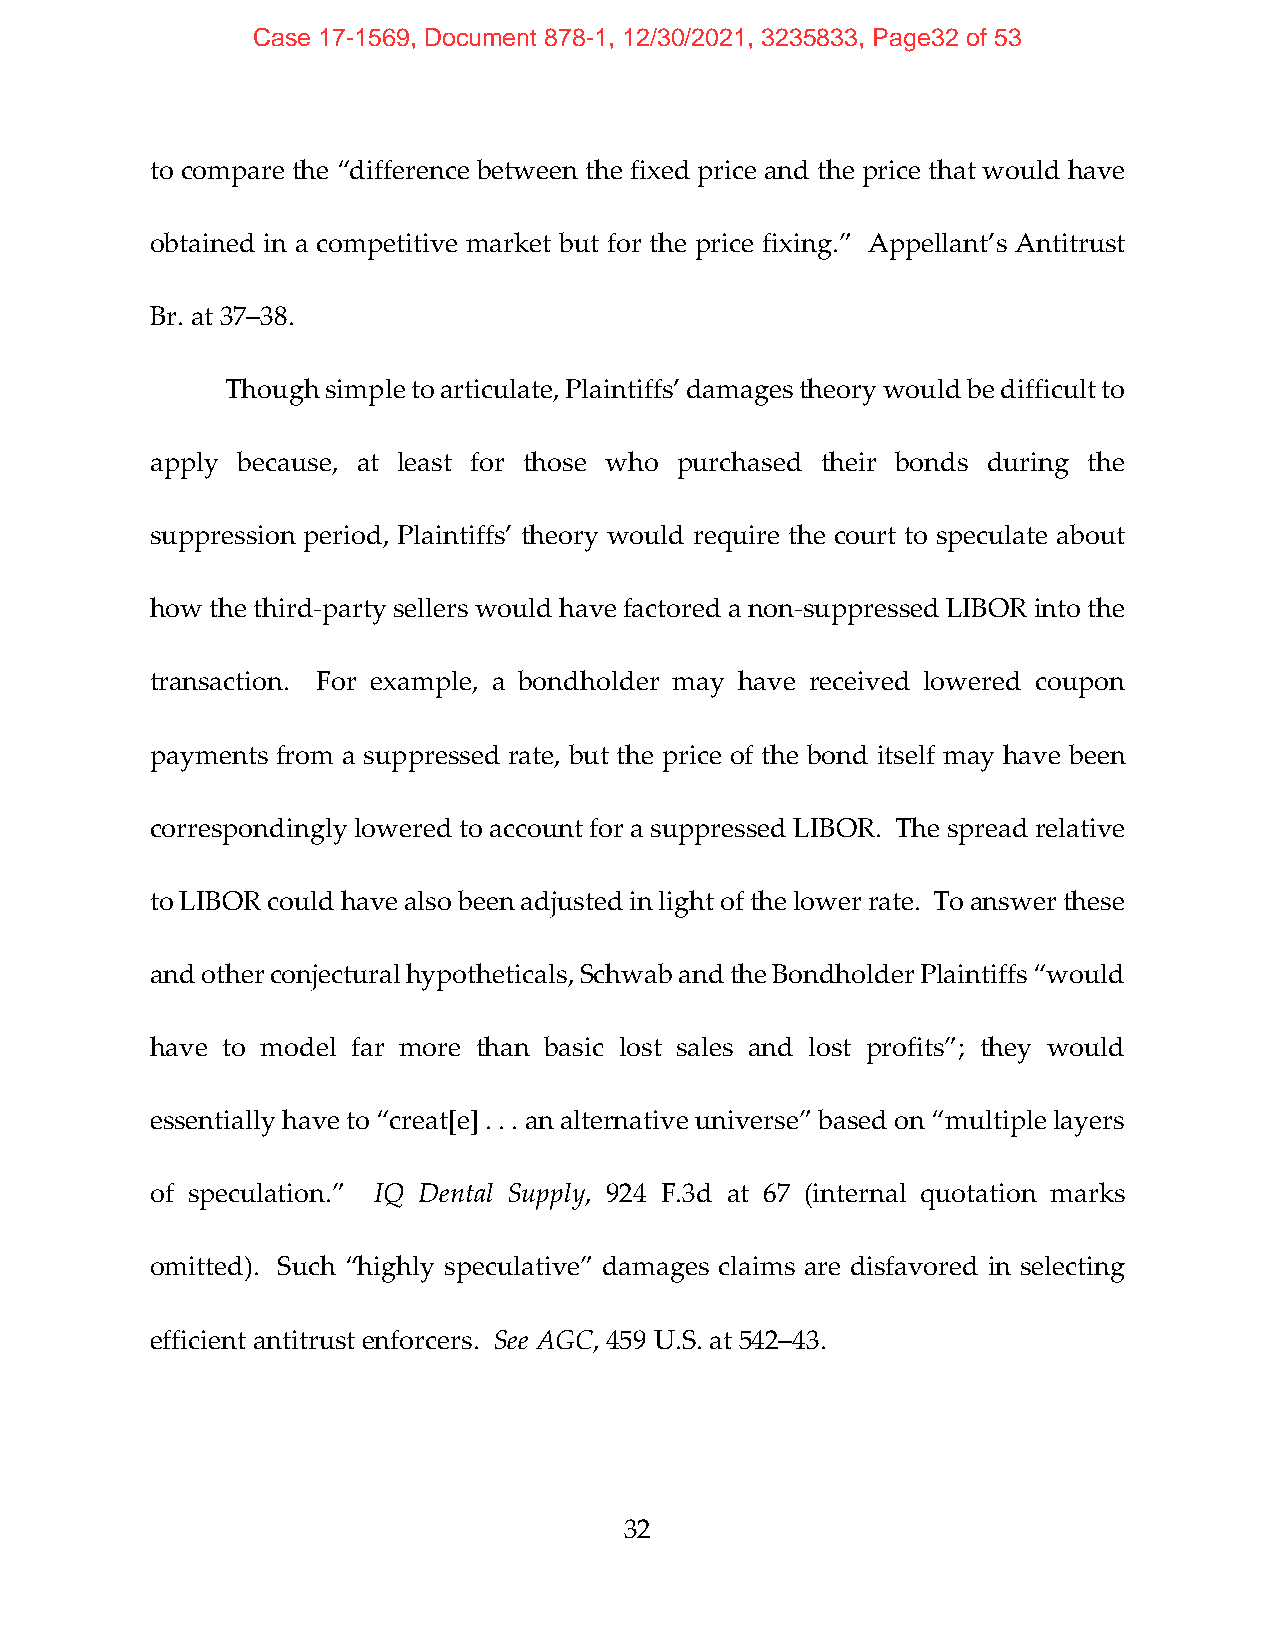
Case 17-1569, Document 878-1, 12/30/2021, 3235833, Page32 of 53
 to compare the “difference between the fixed price and the price that would have
 obtained in a competitive market but for the price fixing.” Appellant’s Antitrust
 Br. at 37–38.
 Though simple to articulate, Plaintiffs’ damages theory would be difficult to
 apply because, at least for those who purchased their bonds during the
 suppression period, Plaintiffs’ theory would require the court to speculate about
 how the third‐party sellers would have factored a non‐suppressed LIBOR into the
 transaction. For example, a bondholder may have received lowered coupon
 payments from a suppressed rate, but the price of the bond itself may have been
 correspondingly lowered to account for a suppressed LIBOR. The spread relative
 to LIBOR could have also been adjusted in light of the lower rate. To answer these
 and other conjectural hypotheticals, Schwab and the Bondholder Plaintiffs “would
 have to model far more than basic lost sales and lost profits”; they would
 essentially have to “creat[e] . . . an alternative universe” based on “multiple layers
 of speculation.” IQ Dental Supply, 924 F.3d at 67 (internal quotation marks
 omitted). Such “highly speculative” damages claims are disfavored in selecting
 efficient antitrust enforcers. See AGC, 459 U.S. at 542–43.
 32